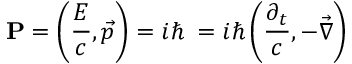
\mathbf { P } = \left( { \frac { E } { c } } , { \vec { p } } \right) = i \hbar \mathbf { \partial } = i \hbar \left( { \frac { \partial _ { t } } { c } } , - { \vec { \nabla } } \right)